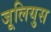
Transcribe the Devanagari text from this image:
जूलियुस